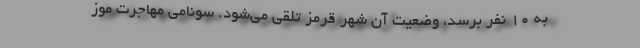
به ۱۰ نفر برسد، وضعیت آن شهر قرمز تلقی می‌شود. سونامی مهاجرتِ موز